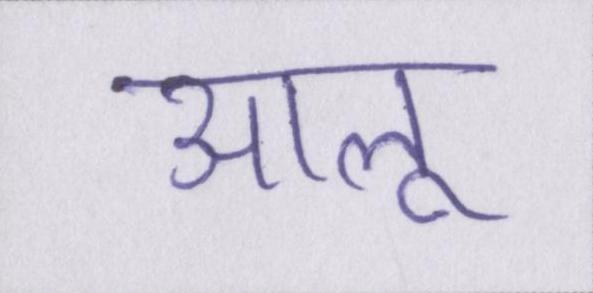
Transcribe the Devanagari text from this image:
आलू